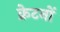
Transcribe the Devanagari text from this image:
क्रेटनों